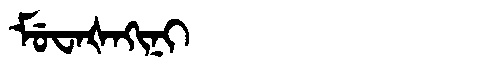
Manchu: ᠮᡠᠸᠠᡧᠠᡴᡳᠨᡳ
Romanization: MUWAŠAKINI